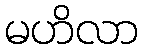
မဟိလာ